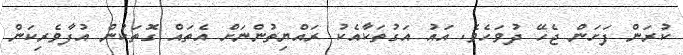
ކުރަން ފަށަން ޖެހޭ ދުވަހެވެ. އައު އަގުތަކާއެކު ރައްޔިތުންނަށް އެތައް ގޮތަކުން އުފާވެރިކަން